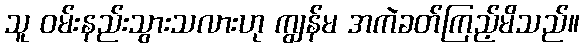
သူ ဝမ်းနည်းသွားသလားဟု ကျွန်မ အကဲခတ်ကြည့်မိသည်။